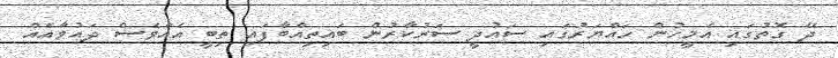
ދޭ ގޮތުގައި އެމީހުން ހައްޔަރުގައި ސައުދީ ސަރުކާރުން ބައިތިއްބާފައި ތިބީ އެއްވެސް ދައުވާއެއް